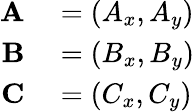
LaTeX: \begin{array}{rl}{\mathbf{A}}&{{}=(A_{x},A_{y})}\\ {\mathbf{B}}&{{}=(B_{x},B_{y})}\\ {\mathbf{C}}&{{}=(C_{x},C_{y})}\end{array}